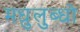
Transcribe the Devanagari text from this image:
मधुलुब्धो